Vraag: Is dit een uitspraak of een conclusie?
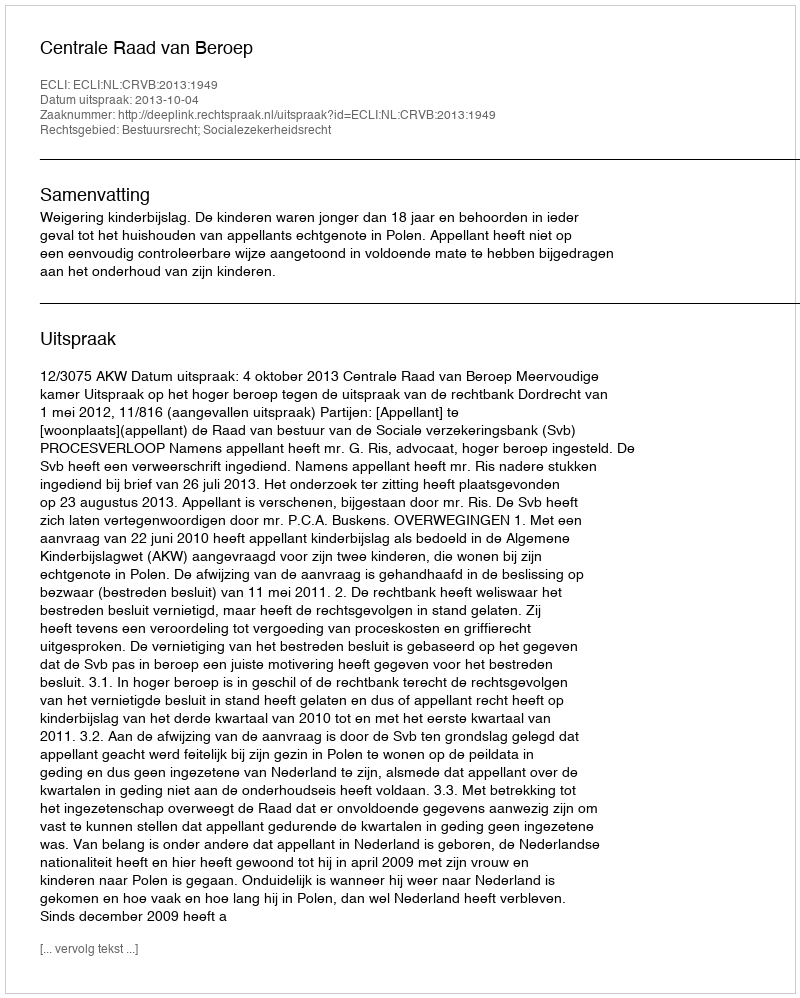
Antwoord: Uitspraak